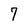
Character: 7